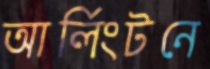
আর্লিংটনে